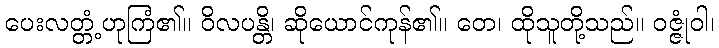
ပေးလတ္တံ့ဟုကြံ၏။ ဝိလပန္တိ၊ ဆိုယောင်ကုန်၏။ တေ၊ ထိုသူတို့သည်။ ဝဇ္ဇုံဝါ၊